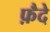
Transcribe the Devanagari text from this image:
फ़ैदे